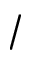
/